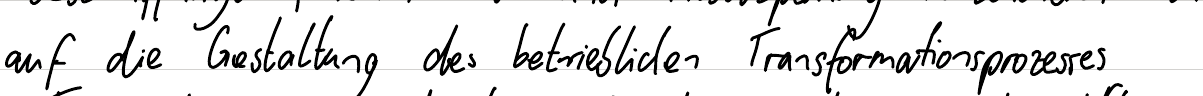
auf die Gestaltung des betrieblichen Transformationsprozesses